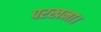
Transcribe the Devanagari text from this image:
परखना।